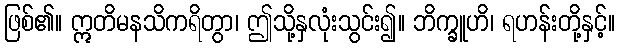
ဖြစ်၏။ ဣတိမနသိကရိတွာ၊ ဤသို့နှလုံးသွင်း၍။ ဘိက္ခူဟိ၊ ရဟန်းတို့နှင့်။